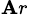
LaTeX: _{\mathbf{A}r}